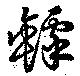
罅